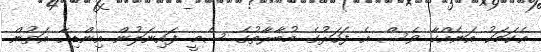
އެކަމަކު އަނެއްކާ ވެސް އެ ފަހަރުގެ މުބާރާތުގެ ސެމީ ފައިނަލުން އިންޑިއާ އަތުން